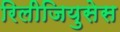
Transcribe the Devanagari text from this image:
रिलीजियुसेस